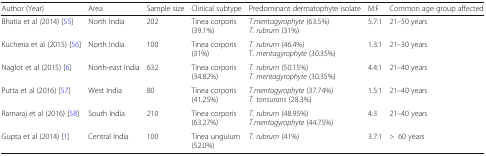
| Author (Year) | Area | Sample size | Clinical subtype | Predominant dermatophyte isolate | M:F | Common age group affected |
 | --- | --- | --- | --- | --- | --- | --- |
 | Bhatia et al (2014) [55] | North India | 202 | Tinea corporis (39.1%) | T.mentagyrophyte (63.5%)T. rubrum (31%) | 5.7:1 | 21–50 years |
 | Kucheria et al (2015) [56] | North India | 100 | Tinea corporis (31%) | T. rubrum (46.4%) T. mentagyrophyte (30.35%) | 1.3:1 | 21–30 years |
 | Naglot et al (2015) [6] | North-east India | 632 | Tinea corporis (34.82%) | T. rubrum (50.15%)T. mentagyrophyte (30.35%) | 4.4:1 | 21–40 years |
 | Putta et al (2016) [57] | West India | 80 | Tinea corporis (41.25%) | T.mentagyrophyte (37.74%)T. tonsurans (28.3%) | 1.5:1 | 21–40 years |
 | Ramaraj et al (2016) [58] | South India | 210 | Tinea corporis (63.27%) | T. rubrum (48.95%)T.mentagyrophyte (44.75%) | 4:3 | 21–40 years |
 | Gupta et al (2014) [1] | Central India | 100 | Tinea unguium (52.0%) | T. rubrum (41%) | 3.7:1 | >60 years |